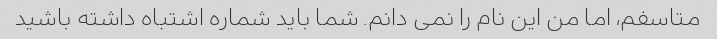
متاسفم، اما من این نام را نمی دانم. شما باید شماره اشتباه داشته باشید